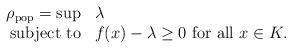
LaTeX: \begin{align*}\begin{array}{rl}\rho_{\textnormal{pop}} = \displaystyle \sup & \lambda \\ \textnormal{subject to} & \displaystyle f(x) - \lambda \geq 0 \textrm{ for all } x \in K.\end{array}\end{align*}